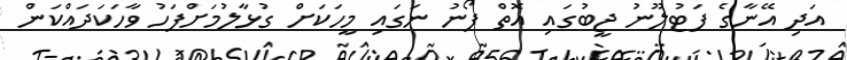
އަދި އޭނާގެ ފަޓުލޫނު ޖީބުގައި އޮތް ފޯނު ނަގައި މީހަކަށް ގުޅާލުމަށްފަހު ވާހަކަދައްކަން